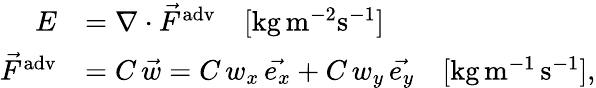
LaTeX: \begin{array}{rl}{E}&{=\nabla\cdot\vec{F}^{\mathrm{adv}}\quad[\mathrm{kg}\, \mathrm{m}^{-2}\mathrm{s}^{-1}]}\\ {\vec{F}^{\mathrm{adv}}}&{=C\, \vec{w}=C\, w_{x}\, \vec{e_{x}}+C\, w_{y}\, \vec{e_{y}}\quad[\mathrm{kg}\, \mathrm{m}^{-1}\, \mathrm{s}^{-1}],}\end{array}